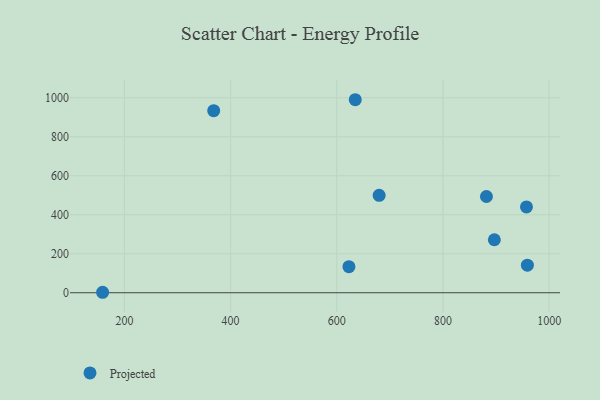
{"axis": {"x": "Ad Spend", "y": "Sales"}, "legend": ["Projected"], "data": [{"x": "959.0", "y": 141.4, "type": "Projected"}, {"x": "622.9", "y": 133.9, "type": "Projected"}, {"x": "679.8", "y": 499.5, "type": "Projected"}, {"x": "159.0", "y": 2.4, "type": "Projected"}, {"x": "896.8", "y": 271.8, "type": "Projected"}, {"x": "957.3", "y": 440.1, "type": "Projected"}, {"x": "368.2", "y": 933.9, "type": "Projected"}, {"x": "634.8", "y": 990.0, "type": "Projected"}, {"x": "881.9", "y": 493.6, "type": "Projected"}]}